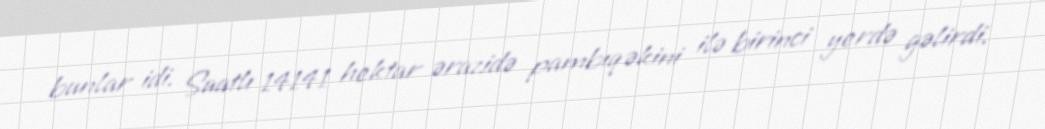
bunlar idi. Saatlı 14141 hektar ərazidə pambıq əkini ilə birinci yerdə gəlirdi.